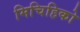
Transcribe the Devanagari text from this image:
मिचिहिको